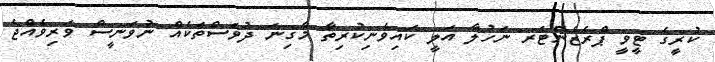
ކުރީގެ ޓީވީ ޕްރެޒެންޓަރ ނަހުލާ އަލީ ކައިވެނިކުރިތާ މާގިނަ ދުވަސްތަކެއް ނުވަނީސް ވަރިވެއްޖެ